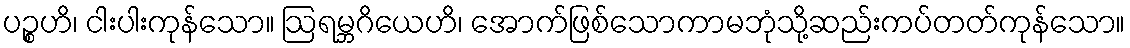
ပဉ္စဟိ၊ ငါးပါးကုန်သော။ ဩရမ္ဘဂိယေဟိ၊ အောက်ဖြစ်သောကာမဘုံသို့ဆည်းကပ်တတ်ကုန်သော။